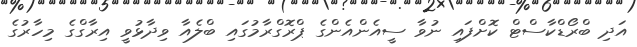
އަދި ބްރޯޑްކާސްޓް ކޮށްފައި ނުވާ ސީއެންއެންގެ ޕްރޮގްރާމުގައި ބްލެއާ ވިދާޅުވީ އިރާގްގެ މިހާރުގެ